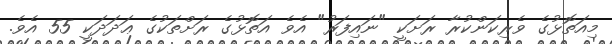
މިއަތޮޅުގެ ވެރިކަންކުރާ ރަށަކީ "ނައިފަރު" އެވެ އަތޮޅުގެ ރަށްތަކުގެ ޢަދަދަކީ 55 އެވެ.